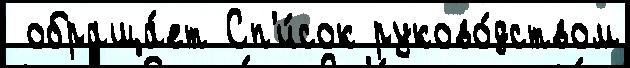
 обраща́ет Сп'и́сок руково́дством